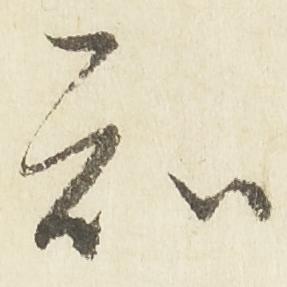
知